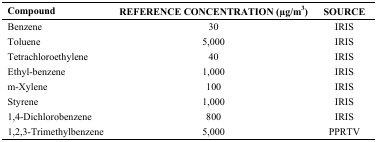
<table><thead><tr><td><b>Compound</b></td><td><b>REFERENCE CONCENTRATION (μg/m<sup>3</sup>)</b></td><td><b>SOURCE</b></td></tr></thead><tbody><tr><td>Benzene</td><td>30</td><td>IRIS</td></tr><tr><td>Toluene</td><td>5,000</td><td>IRIS</td></tr><tr><td>Tetrachloroethylene</td><td>40</td><td>IRIS</td></tr><tr><td>Ethyl-benzene</td><td>1,000</td><td>IRIS</td></tr><tr><td>m-Xylene</td><td>100</td><td>IRIS</td></tr><tr><td>Styrene</td><td>1,000</td><td>IRIS</td></tr><tr><td>1,4-Dichlorobenzene</td><td>800</td><td>IRIS</td></tr><tr><td>1,2,3-Trimethylbenzene</td><td>5,000</td><td>PPRTV</td></tr></tbody></table>